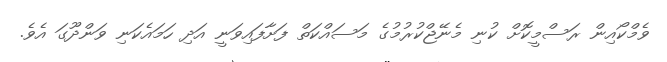
ވެމްކޯއިން ރަސްމީކޮށް ކުނި މެނޭޖްކުރުމުގެ މަސައްކަތް ފަށާފައިވަނީ އަދި ހަމައެކަނި ވަންދޫގަ އެވެ.